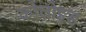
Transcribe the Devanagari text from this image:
कोलोइड